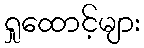
ရှုထောင့်များ